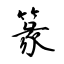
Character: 篆